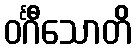
ဝင်္ဂီသောတိ